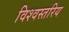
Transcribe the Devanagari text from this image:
विश्वस्तरिय